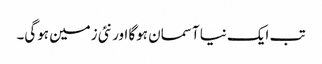
تب ایک نیا آسمان ہوگا اور نئی زمین ہوگی۔